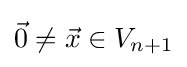
{\vec {0}}\neq {\vec {x}}\in V_{n+1}